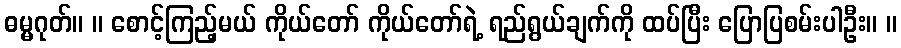
ဓမ္မဂုတ်။ ။ စောင့်ကြည့်မယ် ကိုယ်တော် ကိုယ်တော်ရဲ့ ရည်ရွယ်ချက်ကို ထပ်ပြီး ပြောပြစမ်းပါဦး။ ။